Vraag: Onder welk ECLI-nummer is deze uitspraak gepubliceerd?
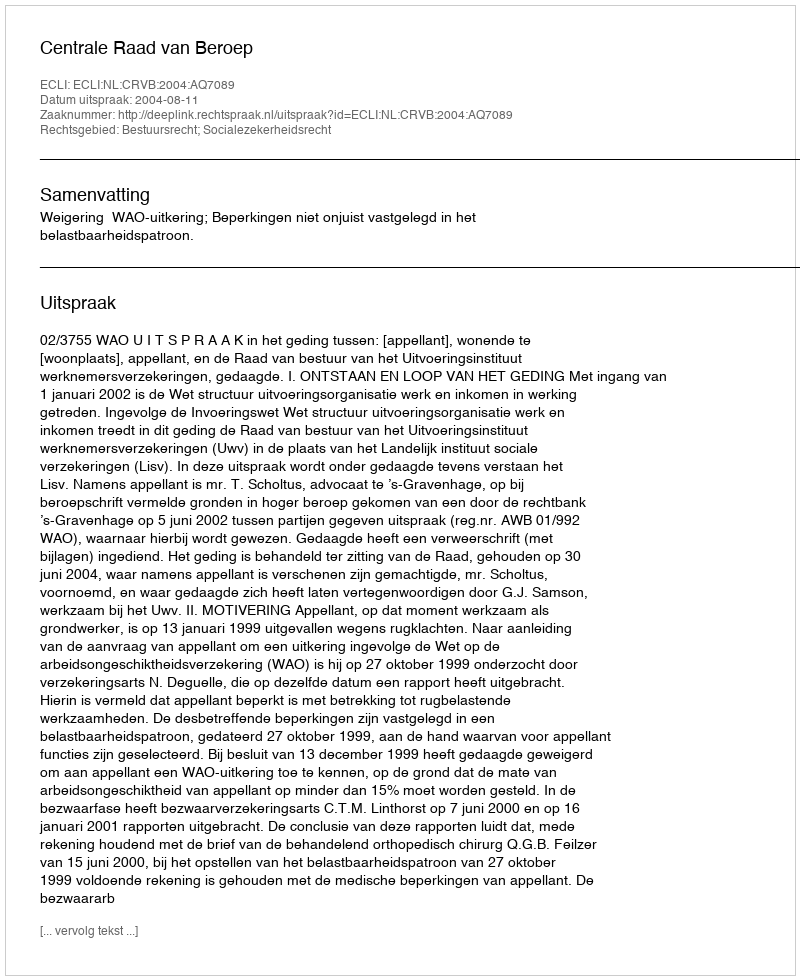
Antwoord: ECLI:NL:CRVB:2004:AQ7089